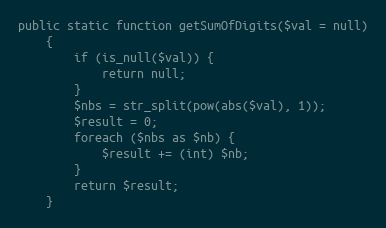
Language: PHP
public static function getSumOfDigits($val = null)
    {
        if (is_null($val)) {
            return null;
        }
        $nbs = str_split(pow(abs($val), 1));
        $result = 0;
        foreach ($nbs as $nb) {
            $result += (int) $nb;
        }
        return $result;
    }